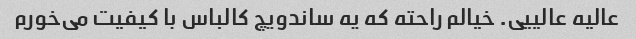
عالیه عالییی. خیالم راحته که یه ساندویچ کالباس با کیفیت می‌خورم